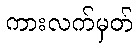
ကားလက်မှတ်